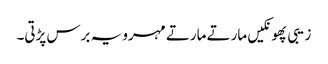
زیبی پھونکیں مارتے مارتے مہرو یہ برس پڑتی۔